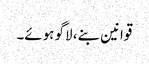
قوانین بنے، لاگو ہوئے۔